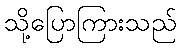
သို့ပြောကြားသည်